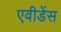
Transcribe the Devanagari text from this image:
एवीडेंस